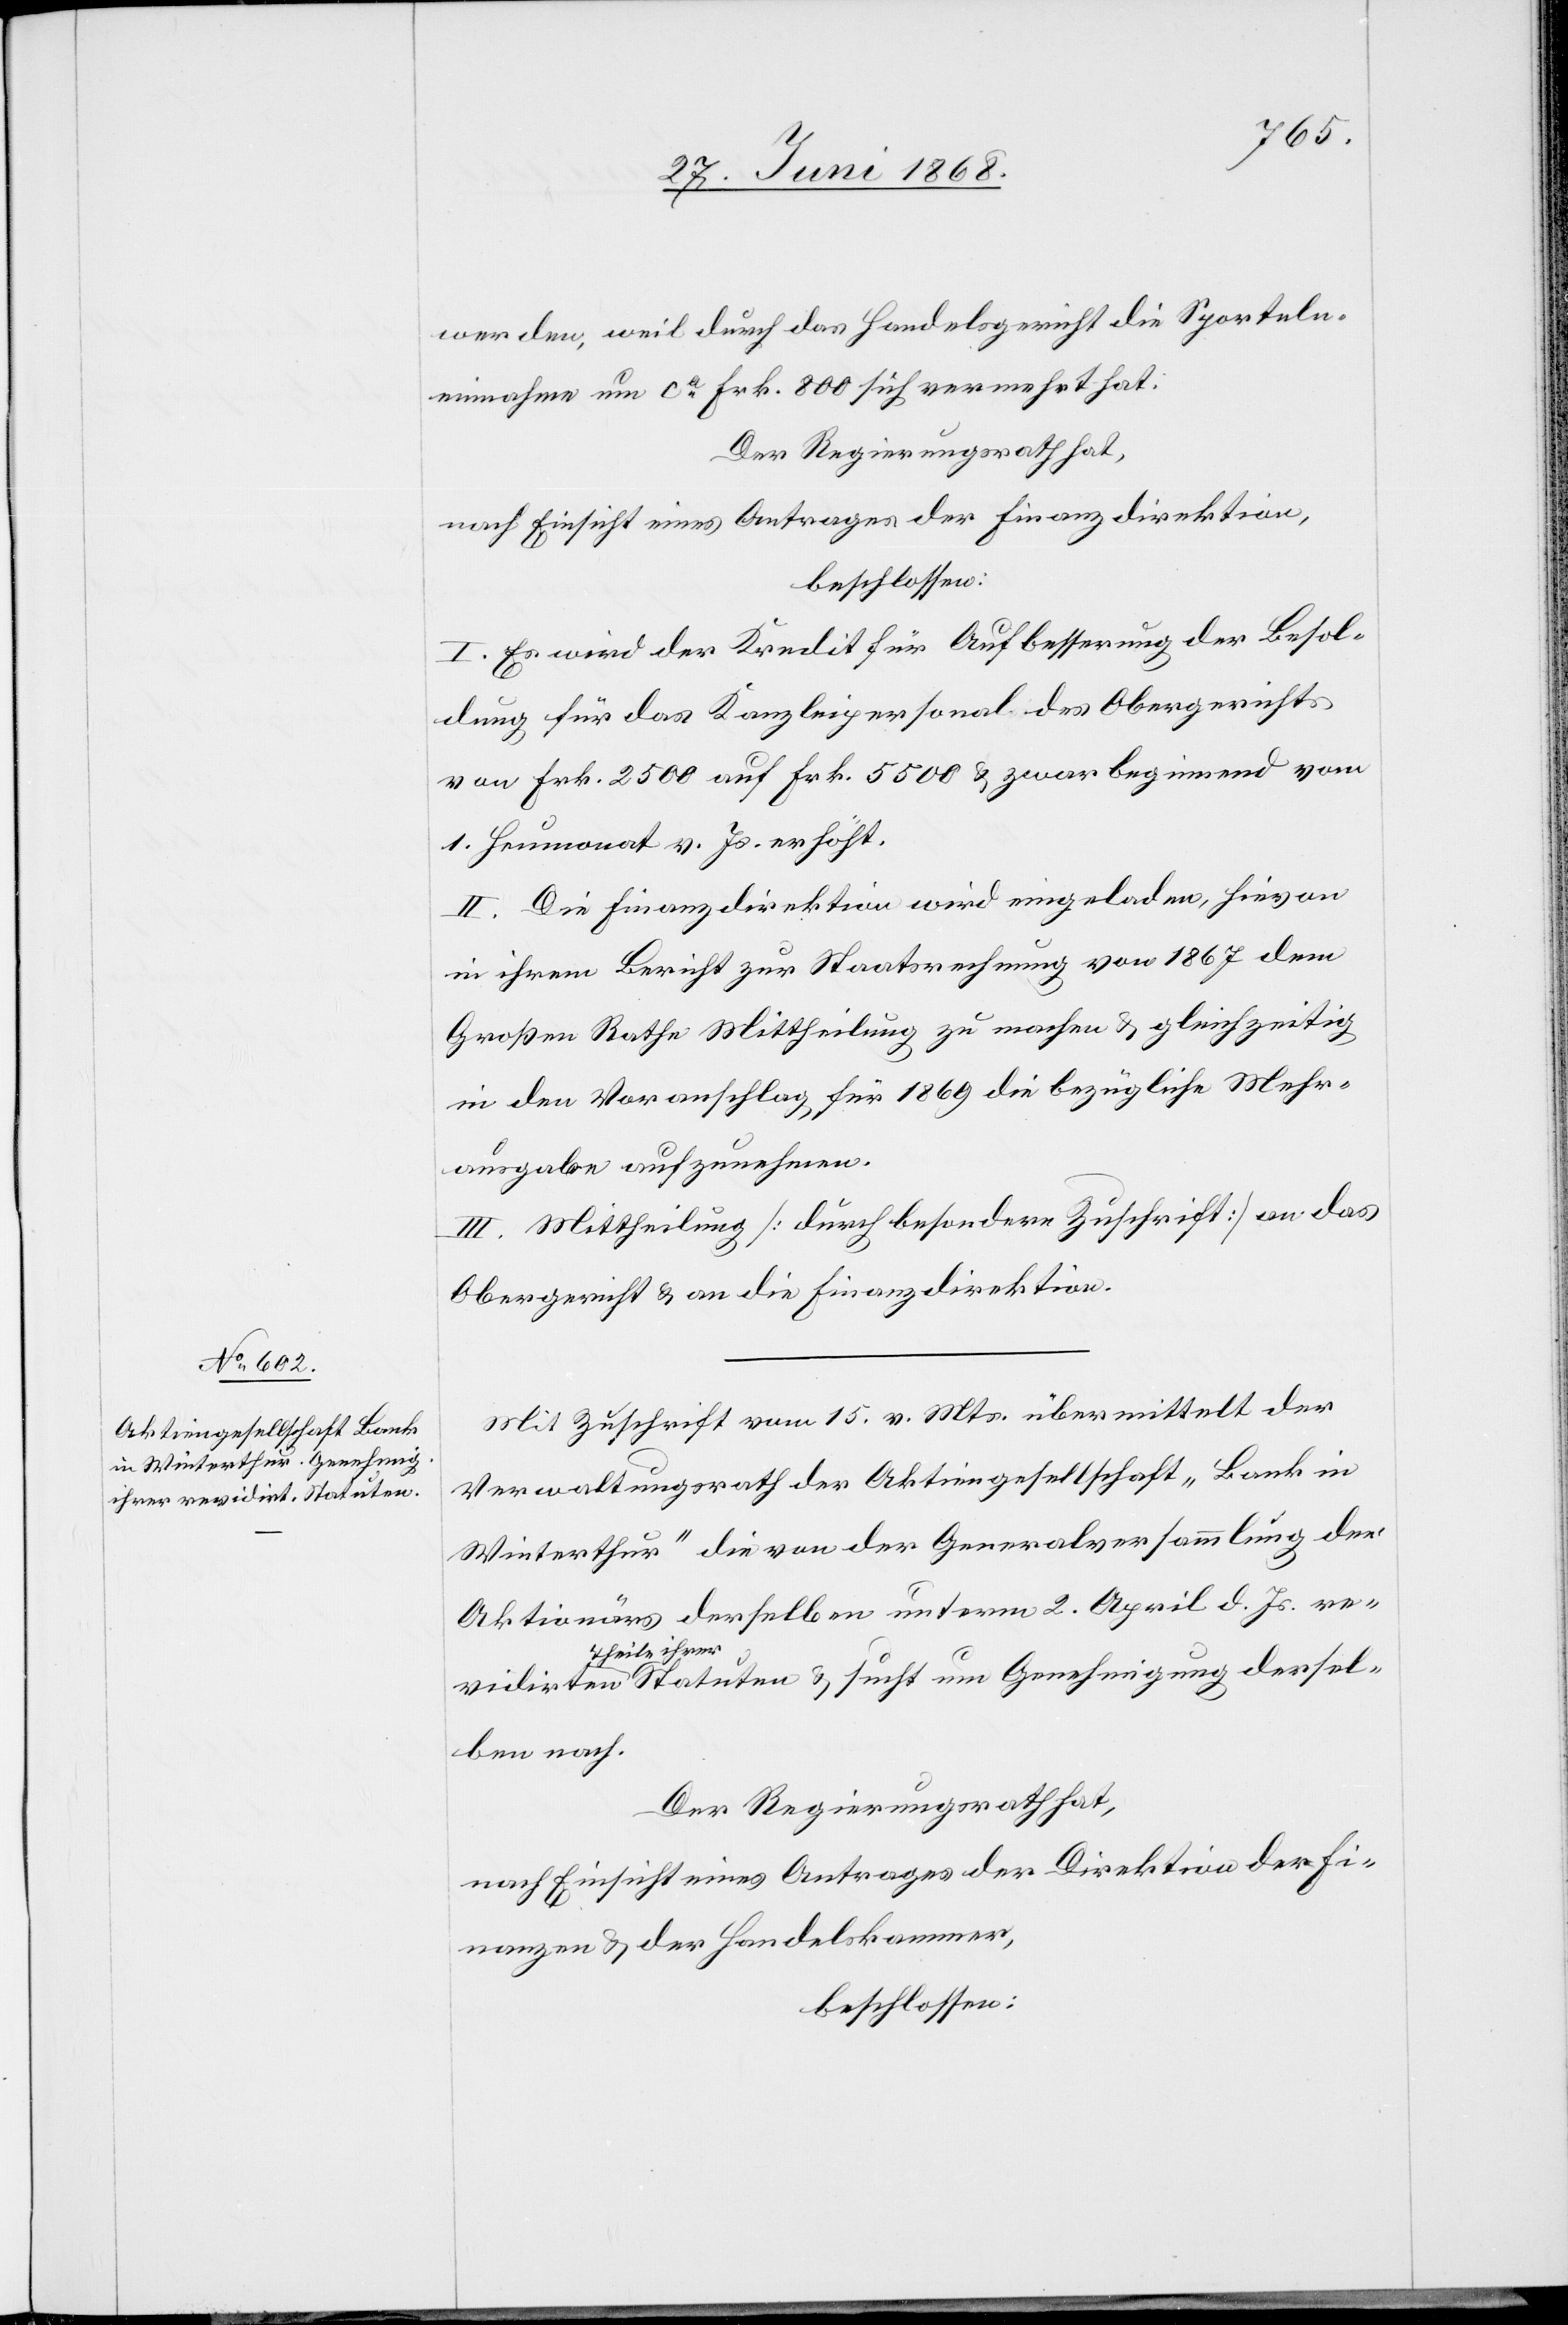
idirten
werden, weil durch das Handelsgericht die Sporteln¬
einnahme um ca. Frk. 800 sich vermehrt hat.
Der Regierungsrath hat,
nach Einsicht eines Antrages der Finanzdirektion,
beschlossen:
I. Es wird der Kredit für Aufbesserung der Besol¬
dung für das Kanzleipersonal des Obergerichts
von Frk. 2500 auf Frk. 5500 & zwar beginnend vom
1. Heumonat v. Js. erhöht.
II. Die Finanzdirektion wird eingeladen, hievon
in ihrem Bericht zur Staatsrechnung von 1867 dem
Großen Rathe Mittheilung zu machen & gleichzeitig
in den Voranschlag für 1869 die bezügliche Mehr¬
ausgabe aufzunehmen.
III. Mittheilung [durch besondere Zuschrift] an das
Obergericht & an die Finanzdirektion.
Mit Zuschrift vom 15. v. Mts. übermittelt der
Verwaltungsrath der Aktiengesellschaft „Bank in
Winterthur“ die von der Generalversammlung der
Aktionärs derselben unterm 2. April d. Js. rev¬
Theile ihrer
derselben nach.
Der Regierungsrath hat,
nach Einsicht eines Antrages der Direktion der Fi¬
nanzen & der Handelskammer,
beschlossen: